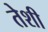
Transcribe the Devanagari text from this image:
तेशी